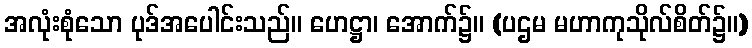
အလုံးစုံသော ပုဒ်အပေါင်းသည်။ ဟေဋ္ဌာ၊ အောက်၌။ (ပဌမ မဟာကုသိုလ်စိတ်၌။)